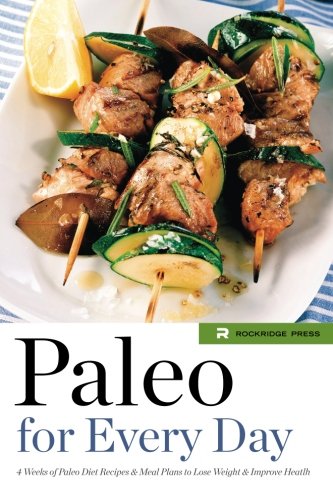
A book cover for Paleo for Every Day: 4 Weeks of Paleo Diet Recipes & Meal Plans to Lose Weight & Improve Health; Rockridge Press; Health, Fitness & Dieting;